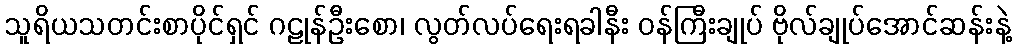
သူရိယသတင်းစာပိုင်ရှင် ဂဠုန်ဦးစော၊ လွတ်လပ်ရေးရခါနီး ဝန်ကြီးချုပ် ဗိုလ်ချုပ်အောင်ဆန်းနဲ့